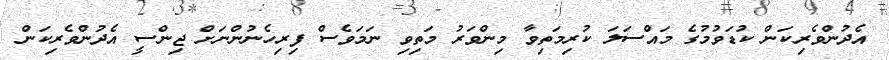
އެދުންވެރިކަން ކުޑަވުމުގެ މައްސަލަ ކުރިމަތިވާ މިންވަރު މަތިވި ނަމަވެސް ފިރިހެނުންނަށް ޖިންސީ އެދުންވެރިކަން